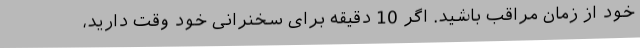
خود از زمان مراقب باشید. اگر 10 دقیقه برای سخنرانی خود وقت دارید،